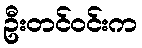
ဦးတင်ဝင်းက